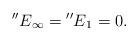
LaTeX: \begin{align*}\begin{aligned} {''E}_{\infty}={''E}_{1}=0 .\end{aligned}\end{align*}